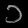
Digit: ၁